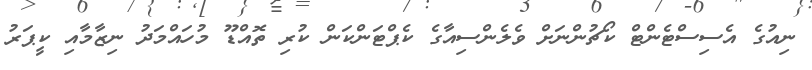
ނިއުގެ އެސިސްޓެންޓް ކޯޗުންނަށް ވެލެންސިއާގެ ކެޕްޓަންކަން ކުރި ތޮއްޑޫ މުހައްމަދު ނިޒާމާއި ކީޕަރު